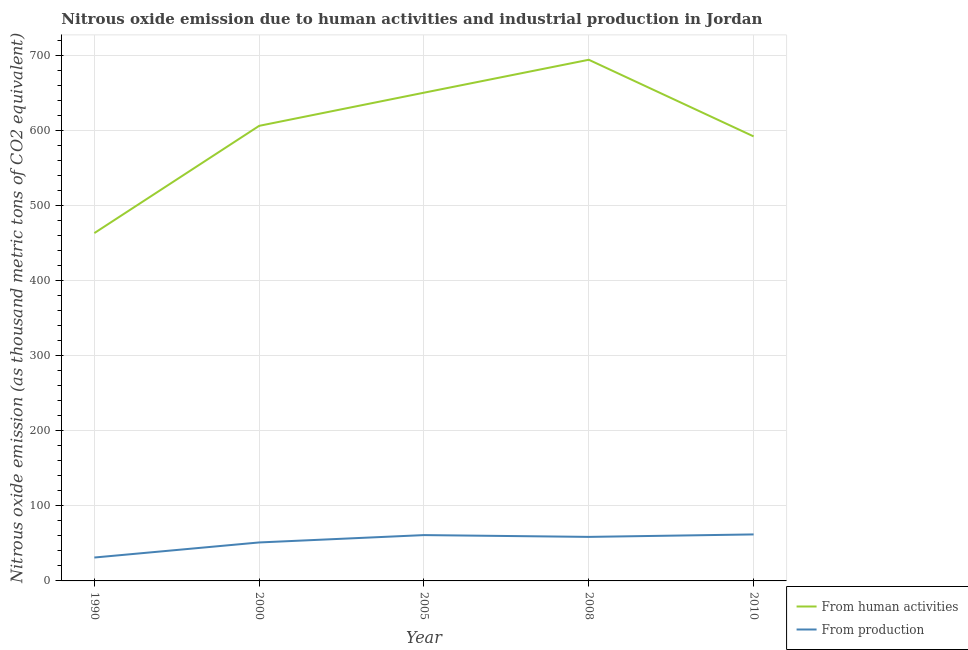
| Year | From human activities | From production |
 | --- | --- | --- |
 | 1990 | 464 | 31.2 |
 | 2000 | 607 | 51.3 |
 | 2005 | 651 | 61.1 |
 | 2008 | 695 | 58.7 |
 | 2010 | 593 | 62 |